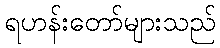
ရဟန်းတော်များသည်